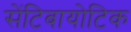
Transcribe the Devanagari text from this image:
सेंटिबायोटिक